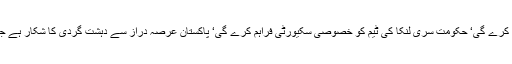
سری لنکا کی کرکٹ ٹیم بہت جلد پاکستان کا دورہ کرے گی‘ حکومت سری لنکا کی ٹیم کو خصوصی سکیورٹی فراہم کرے گی‘ پاکستان عرصہ دراز سے دہشت گردی کا شکار ہے جس کے خاتمہ کیلئے حکومت اقدامات کررہی ہے۔